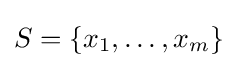
S=\{x_{1},\dots ,x_{m}\}